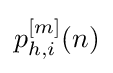
p_{h,i}^{[m]}(n)